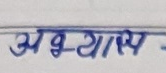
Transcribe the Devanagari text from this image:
अभ्यासप